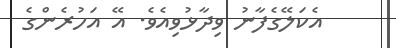
އެކަލޭގެފާނު ވިދާޅުވިއެވެ. އޭ އަހުރެންގެ